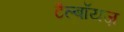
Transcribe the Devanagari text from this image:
टैल्बॉयज़